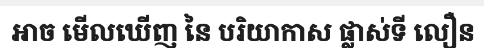
អាច មើលឃើញ នៃ បរិយាកាស ផ្លាស់ទី លឿន